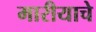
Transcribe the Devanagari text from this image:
मारीयाचे